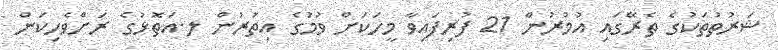
ޝަރުތުތަކުގެ ތެރޭގައި އުމުރުން 21 ފުރިފައިވާ މީހަކަށް ވުުމުގެ އިތުރުން ލ.އަތޮޅުގެ ރަށްވެހިކަން